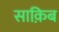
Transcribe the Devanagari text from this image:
साक़िब